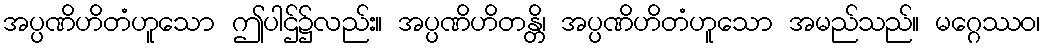
အပ္ပဏိဟိတံဟူသော ဤပါဌ်၌လည်း။ အပ္ပဏိဟိတန္တိ၊ အပ္ပဏိဟိတံဟူသော အမည်သည်။ မဂ္ဂေဿဝ၊